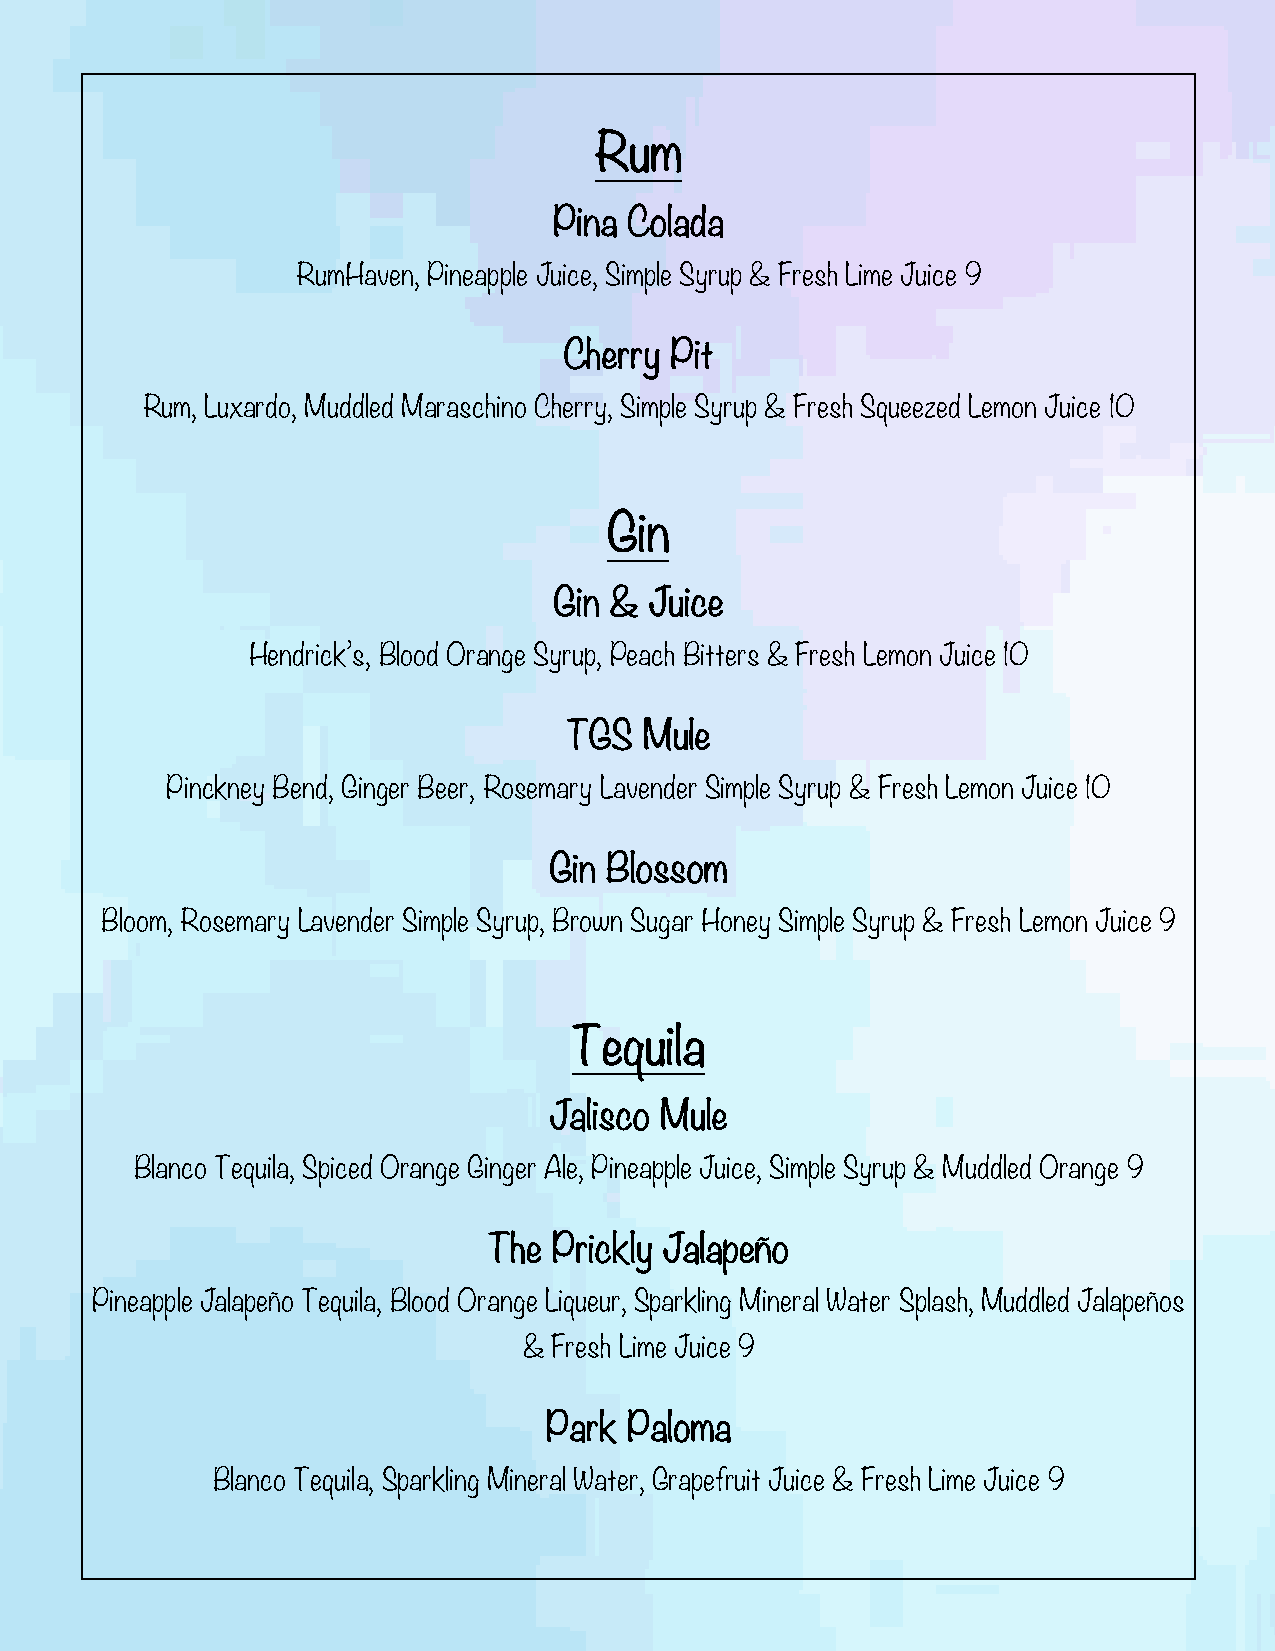
Rum
 Pina Colada
 RumHaven, Pineapple Juice, Simple Syrup & Fresh Lime Juice 9
 Cherry Pit
 Rum, Luxardo, Muddled Maraschino Cherry, Simple Syrup & Fresh Squeezed Lemon Juice 10
 Gin
 Gin & Juice
 Hendrick’s, Blood Orange Syrup, Peach Bitters & Fresh Lemon Juice 10
 TGS  Mule
 Pinckney Bend, Ginger Beer, Rosemary Lavender Simple Syrup & Fresh Lemon Juice 10
 Gin Blossom
 Bloom, Rosemary Lavender Simple Syrup, Brown Sugar Honey Simple Syrup & Fresh Lemon Juice 9
 Tequila
 Jalisco Mule
 Blanco Tequila, Spiced Orange Ginger Ale, Pineapple Juice, Simple Syrup & Muddled Orange 9
 The  Prickly Jalapeño
 Pineapple Jalapeño Tequila, Blood Orange Liqueur, Sparkling Mineral Water Splash, Muddled Jalapeños
 & Fresh Lime Juice 9
 Park Paloma
 Blanco Tequila, Sparkling Mineral Water, Grapefruit Juice & Fresh Lime Juice 9